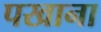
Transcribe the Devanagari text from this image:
पखाना